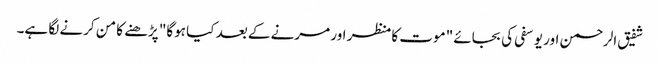
شفیق الرحمن اور یوسفی کی بجائے "موت کا منظر اور مرنے کے بعد کیا ہوگا" پڑھنے کا من کرنے لگا ہے۔